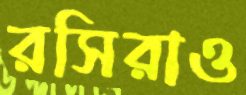
রসিরাও